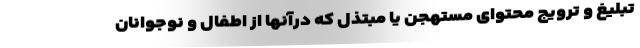
تبلیغ و ترویج محتوای مستهجن یا مبتذل که درآنها از اطفال و نوجوانان